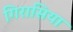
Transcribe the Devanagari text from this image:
गिरासिया